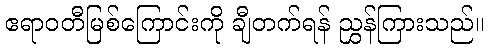
ဧရာဝတီမြစ်ကြောင်းကို ချီတက်ရန် ညွှန်ကြားသည်။